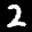
Digit: 2